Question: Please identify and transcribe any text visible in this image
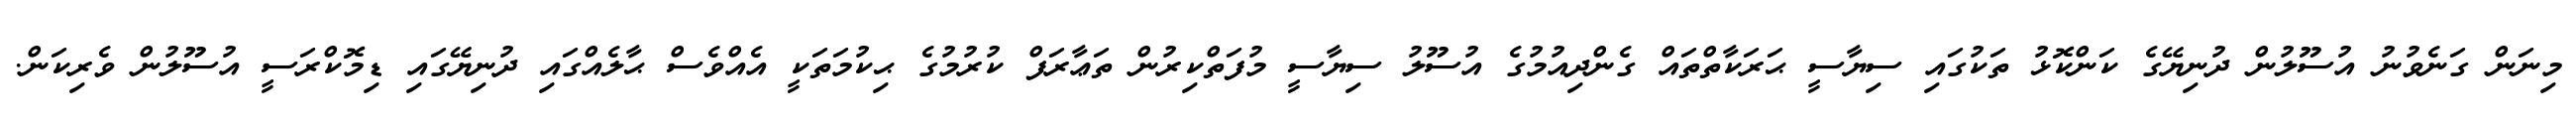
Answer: މިނަން ގަނެވުނު އުސޫލުން ދުނިޔޭގެ ކަންކޮޅު ތަކުގައި ސިޔާސީ ޙަރަކާތްތައް ގެންދިއުމުގެ އުސޫލު ސިޔާސީ މުފަތްކިރުން ތަޢާރަފް ކުރުމުގެ ޙިކުމަތަކީ އެއްވެސް ޙާލެއްގައި ދުނިޔޭގައި ޑިމޮކްރަސީ އުސޫލުން ވެރިކަން.